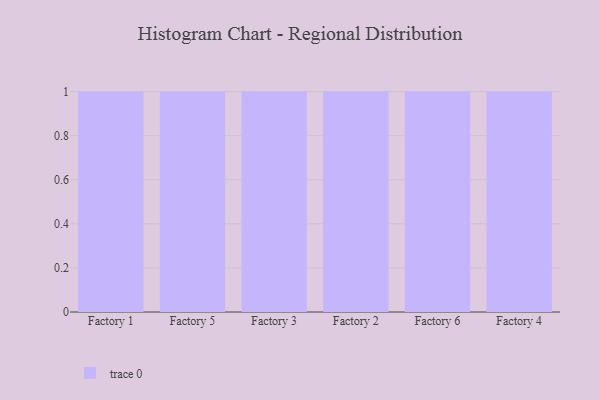
{"axis": {"x": "Factory", "y": "Bounce Rate (%)"}, "legend": [""], "data": [{"x": "Factory 1", "y": 54, "type": ""}, {"x": "Factory 5", "y": 5, "type": ""}, {"x": "Factory 3", "y": 99, "type": ""}, {"x": "Factory 2", "y": 79, "type": ""}, {"x": "Factory 6", "y": 67, "type": ""}, {"x": "Factory 4", "y": 48, "type": ""}]}